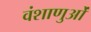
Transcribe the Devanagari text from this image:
वंशाणुओं